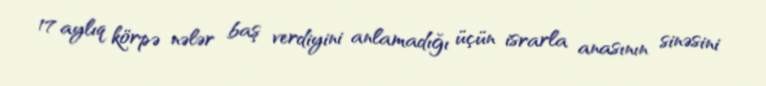
17 aylıq körpə nələr baş verdiyini anlamadığı üçün israrla anasının sinəsini